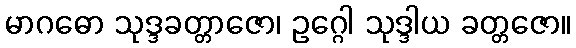
မာဂဓော သုဒ္ဒခတ္တာဇော၊ ဥဂ္ဂေါ သုဒ္ဒါယ ခတ္တဇော။